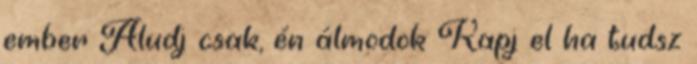
ember Aludj csak, én álmodok Kapj el ha tudsz